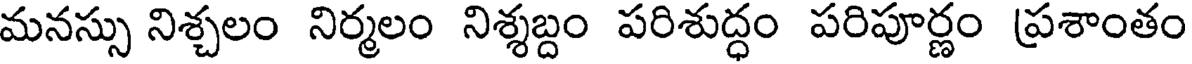
మనస్సు నిశ్చలం నిర్మలం నిశ్శబ్దం పరిశుద్ధం పరిపూర్ణం ప్రశాంతం